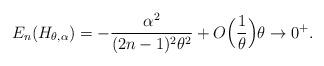
LaTeX: \begin{align*}E_{n}(H_{\theta,\alpha})=-\frac{\alpha^2}{(2n-1)^{2}\theta^{2}}+O\Big(\frac{1}{\theta}\Big) \theta\to 0^+.\end{align*}